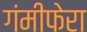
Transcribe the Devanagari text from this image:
गंमीफेरा